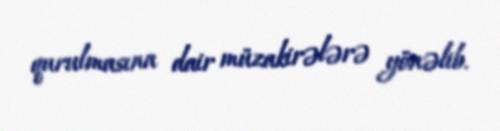
qurulmasına dair müzakirələrə yönəlib.